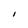
Character: I